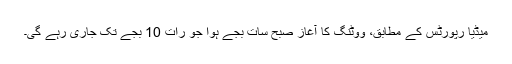
میڈیا رپورٹس کے مطابق، ووٹنگ کا آغاز صبح سات بجے ہوا جو رات 10 بجے تک جاری رہے گی۔